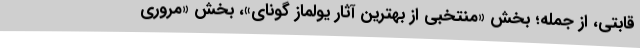
قابتی، از جمله؛ بخش «منتخبی از بهترین آثار يولماز گونای»، بخش «مروری